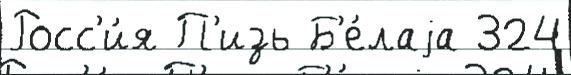
Росс'и́я П'изь Б'е́лаjа 324